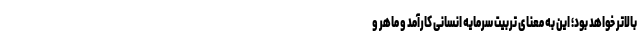
بالاتر خواهد بود؛ این به معنای تربیت سرمایه انسانی کارآمد و ماهر و